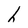
Character: h